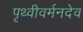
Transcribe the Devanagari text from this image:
पृथ्वीवर्मनदेव